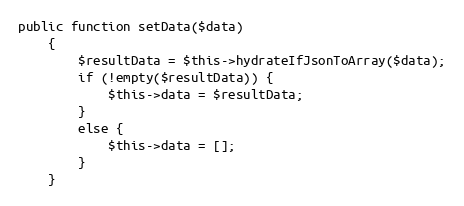
Language: PHP
public function setData($data)
    {
        $resultData = $this->hydrateIfJsonToArray($data);
        if (!empty($resultData)) {
            $this->data = $resultData;
        }
        else {
            $this->data = [];
        }
    }